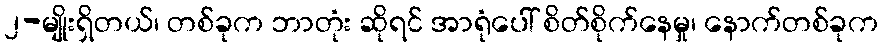
၂-မျိုးရှိတယ်၊ တစ်ခုက ဘာတုံး ဆိုရင် အာရုံပေါ် စိတ်စိုက်နေမှု၊ နောက်တစ်ခုက